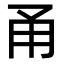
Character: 甬